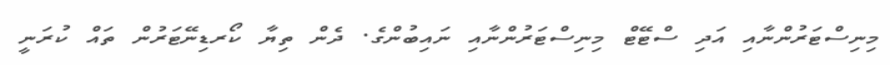
މިނިސްޓަރުންނާއި އަދި ސްޓޭޓް މިނިސްޓަރުންނާއި ނައިބުންގެ. ދެން ތިޔާ ކޯރޑިނޭޓަރުން ތައް ކުރަނީ